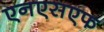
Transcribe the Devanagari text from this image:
एनएसएफ